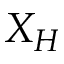
X _ { H }